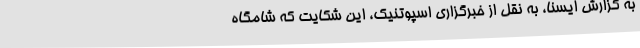
به گزارش ایسنا، به نقل از خبرگزاری اسپوتنیک، این شکایت که شامگاه